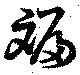
斒